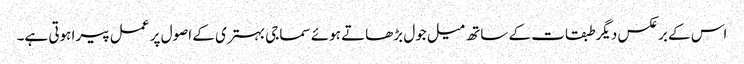
اس کے برعکس دیگر طبقات کے ساتھ میل جول بڑھاتے ہوئے سماجی بہتری کے اصول پر عمل پیرا ہوتی ہے۔